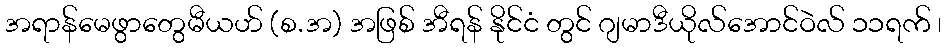
အရာန်မေဖွာတွေမီယဟ် (စ.အ) အဖြစ် အီရန် နိုင်ငံ တွင် ဂျမာဒီယိုလ်အောင်ဝဲလ် ၁၁ရက် ၊